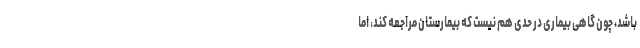
باشد، چون گاهی بیماری در حدی هم نیست که بیمارستان مراجعه کند، اما